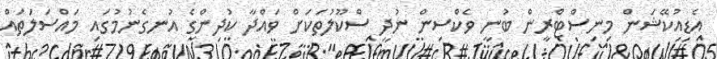
އެޑިއުކޭޝަން މިނިސްޓްރީން ބުނީ ވެކްސިން ނުދީ ސްކޫލުތަކަށް ވައްދާ ކުދިންގެ އުނގެނުމުގައި މައްސަލަތައް